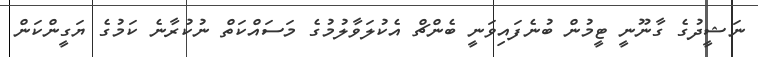
ނަޝީދުގެ ގާނޫނީ ޓީމުން ބުނެފައިވަނީ ބެންޗް އެކުލަވާލުމުގެ މަސައްކަތް ނުކުރާނެ ކަމުގެ ޔަގީންކަން